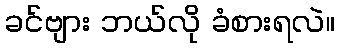
ခင်ဗျား ဘယ်လို ခံစားရလဲ။